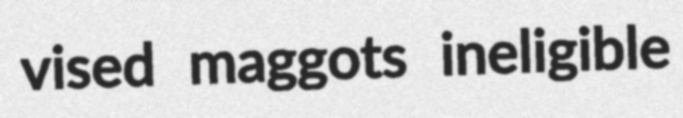
vised maggots ineligible